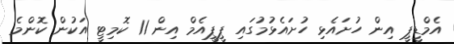
އެމްޑީޕީ އިން ހުށައެޅި ހުށައެޅުމުގައި ޕީޕީއެމް އިން 11 ކޮމިޓީ އަކުން ކޮންމެ